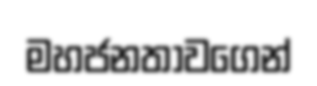
මහජනතාවගෙන්